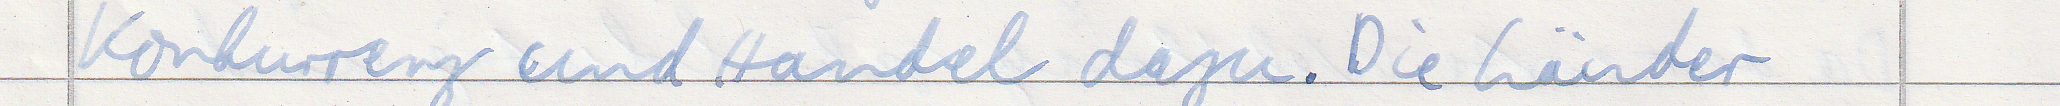
Konkurrenz und Handel dazu. Die Länder